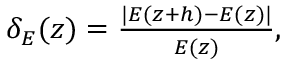
\begin{array} { r } { \delta _ { E } ( z ) = \frac { | E ( z + h ) - E ( z ) | } { E ( z ) } , } \end{array}